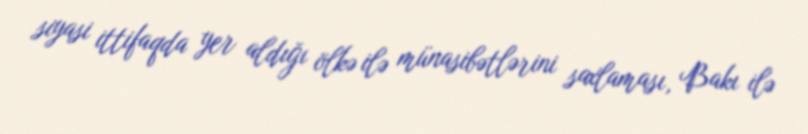
siyasi ittifaqda yer aldığı ölkə ilə münasibətlərini saxlaması, Bakı ilə